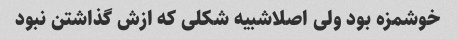
خوشمزه بود ولی اصلاشبیه شکلی که ازش گذاشتن نبود